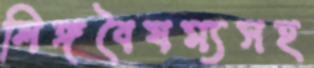
লিঙ্গবৈষম্যসহ